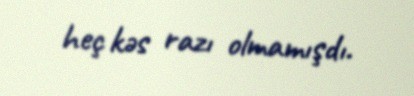
heç kəs razı olmamışdı.